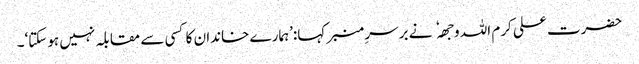
حضرت علی کرم اللہ وجھہ نے برسرِ منبر کہا:’ہمارے خاندان کا کسی سے مقابلہ نہیں ہوسکتا‘۔